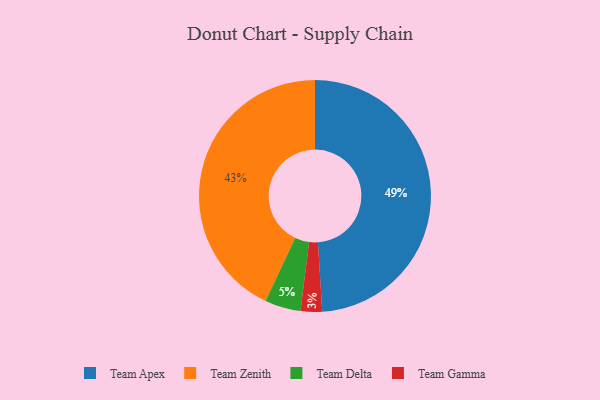
{"axis": {"x": "Category", "y": "Percentage"}, "legend": ["Team Apex", "Team Delta", "Team Gamma", "Team Zenith"], "data": [{"x": "Team Apex", "y": 49, "type": "Team Apex"}, {"x": "Team Delta", "y": 5, "type": "Team Delta"}, {"x": "Team Zenith", "y": 43, "type": "Team Zenith"}, {"x": "Team Gamma", "y": 3, "type": "Team Gamma"}]}